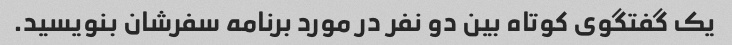
یک گفتگوی کوتاه بین دو نفر در مورد برنامه سفرشان بنویسید.